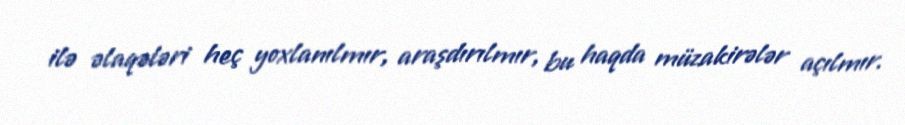
ilə əlaqələri heç yoxlanılmır, araşdırılmır, bu haqda müzakirələr açılmır.